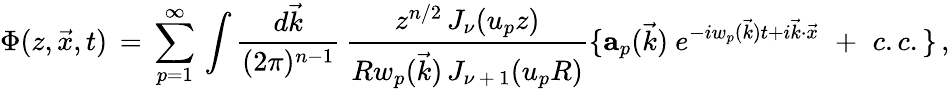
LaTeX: \Phi(z,\vec{x},t)\, =\, \sum_{p=1}^{\infty}\, \int{\frac{d\vec{k}}{(2\pi)^{n-1}}}\, {\frac{z^{n/2}\, J_{\nu}(u_{p}z)}{Rw_{p}(\vec{k})\, J_{\nu\, +\, 1}(u_{p}R)}}\lbrace{{\mathbf a}_{p}(\vec{k})\ }e^{-iw_{p}(\vec{k})t+i\vec{k}\cdot\vec{x}}\, \, +\, \, c.c.\rbrace\, ,